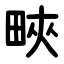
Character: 㽠